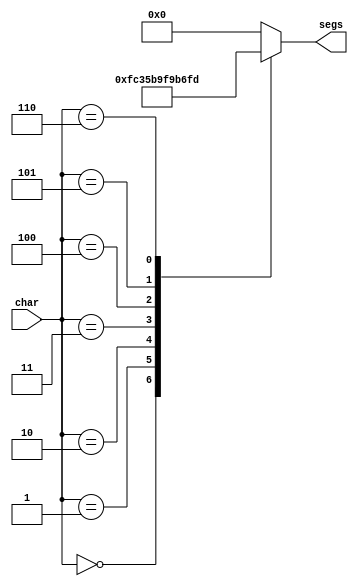
module dice_seg_5 (
    input [2:0] char,
    output reg [6:0] segs
  );
  
  
  
  always @* begin
    
    case (char)
      1'h0: begin
        segs = 7'h3f;
      end
      1'h1: begin
        segs = 7'h06;
      end
      2'h2: begin
        segs = 7'h5b;
      end
      2'h3: begin
        segs = 7'h4f;
      end
      3'h4: begin
        segs = 7'h66;
      end
      3'h5: begin
        segs = 7'h6d;
      end
      3'h6: begin
        segs = 7'h7d;
      end
      default: begin
        segs = 7'h00;
      end
    endcase
  end
endmodule